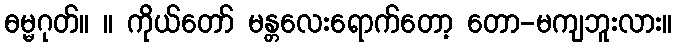
ဓမ္မဂုတ်။ ။ ကိုယ်တော် မန္တလေးရောက်တော့ တော-မကျဘူးလား။